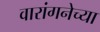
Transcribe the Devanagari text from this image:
वारांगनेच्या